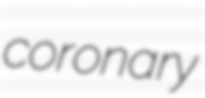
coronary